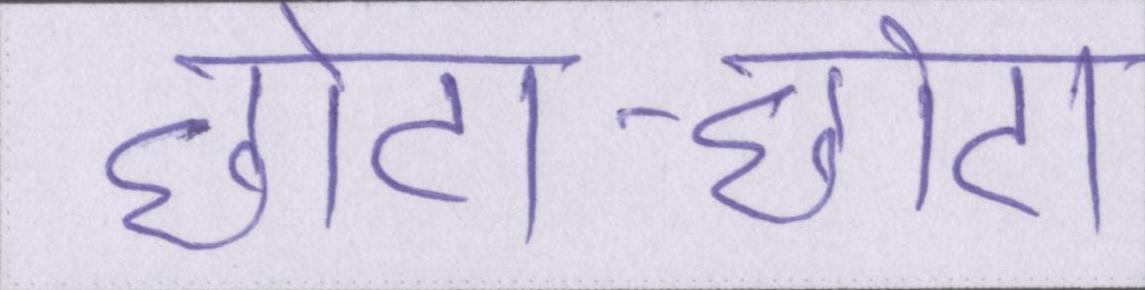
छोटा-छोटा